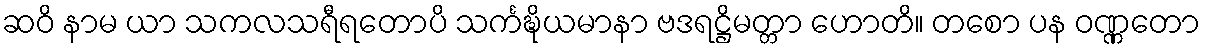
ဆဝိ နာမ ယာ သကလသရီရတောပိ သင်္ကဍ္ဎိယမာနာ ဗဒရဋ္ဌိမတ္တာ ဟောတိ။ တစော ပန ဝဏ္ဏတော